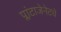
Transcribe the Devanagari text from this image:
प्लांटाजेनेटचे